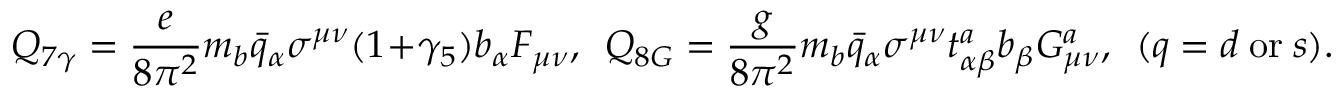
Q _ { 7 \gamma } = \frac { e } { 8 \pi ^ { 2 } } m _ { b } \bar { q } _ { \alpha } \sigma ^ { \mu \nu } ( 1 + \gamma _ { 5 } ) b _ { \alpha } F _ { \mu \nu } , ~ ~ Q _ { 8 G } = \frac { g } { 8 \pi ^ { 2 } } m _ { b } \bar { q } _ { \alpha } \sigma ^ { \mu \nu } t _ { \alpha \beta } ^ { a } b _ { \beta } G _ { \mu \nu } ^ { a } , ~ ~ ( q = d ~ \mathrm { o r } ~ s ) .